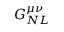
G _ { N L } ^ { \mu \nu }